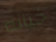
خيانه